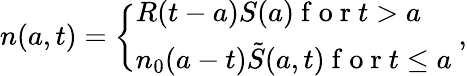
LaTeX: n(a,t)=\left\{ \begin{array}{ll}{R(t-a)S(a)\mathrm{~f~o~r~}t>a}\\ {{{n}_{0}}(a-t){\tilde{S}(a,t)}\mathrm{~f~o~r~}t\le a\mathrm{~}}\end{array}\right.,